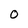
Character: 0